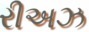
રીઅઝ